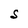
Character: S